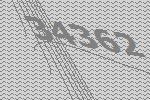
34362